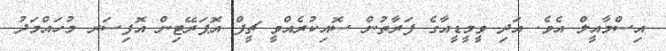
އިސްމާއީލް އެވެ. އަދި ވީމީޑީއާގެ ފަރާތުން ސޮއިކުރެއްވީ ޗީފް އޮޕަރޭޓިން އޮފިސަރ މުހައްމަދު